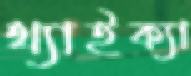
থ্যাইক্যা